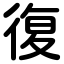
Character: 復